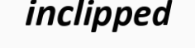
inclipped